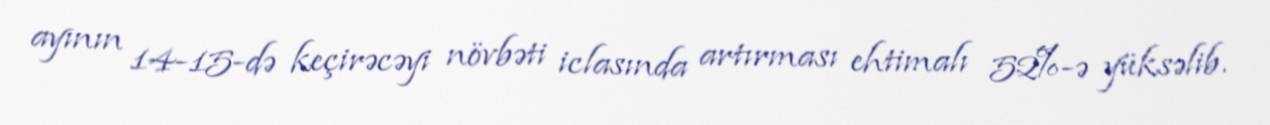
ayının 14-15-də keçirəcəyi növbəti iclasında artırması ehtimalı 52%-ə yüksəlib.